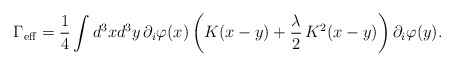
\begin{align*}\Gamma_{\rm eff}=\frac{1}{4}\int d^3xd^3y\,\partial _i\varphi(x)\left(K(x-y)+\frac{\lambda }{2}\,K^2(x-y)\right)\partial _i\varphi(y).\end{align*}